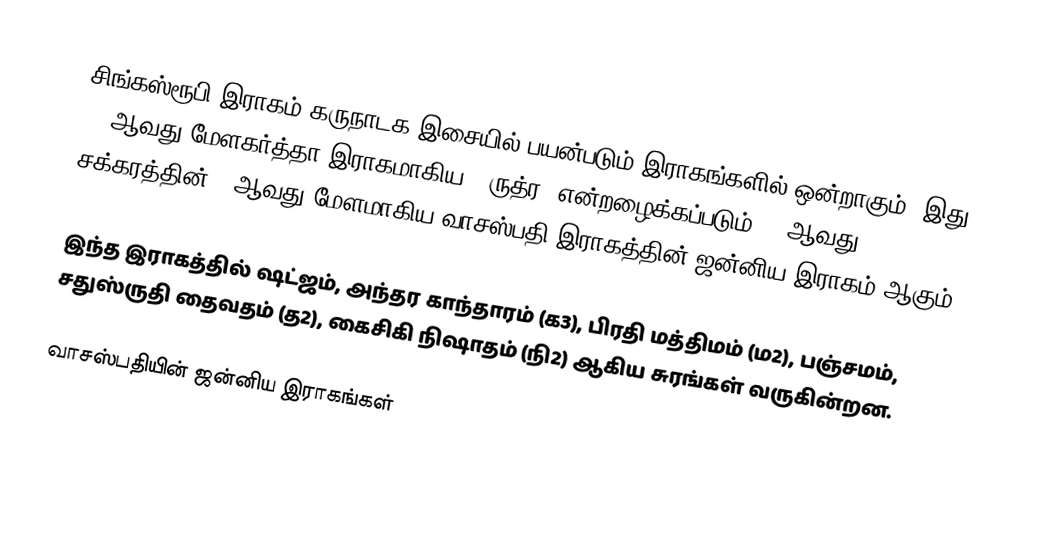
சிங்கஸ்ரூபி இராகம் கருநாடக இசையில் பயன்படும் இராகங்களில் ஒன்றாகும். இது 64 ஆவது மேளகர்த்தா இராகமாகிய, "ருத்ர" என்றழைக்கப்படும் 11 ஆவது சக்கரத்தின் 4 ஆவது மேளமாகிய வாசஸ்பதி இராகத்தின் ஜன்னிய இராகம் ஆகும்.

இந்த இராகத்தில் ஷட்ஜம், அந்தர காந்தாரம் (க3), பிரதி மத்திமம் (ம2), பஞ்சமம்,  சதுஸ்ருதி தைவதம் (த2), கைசிகி நிஷாதம்  (நி2) ஆகிய சுரங்கள் வருகின்றன.

வாசஸ்பதியின் ஜன்னிய இராகங்கள்